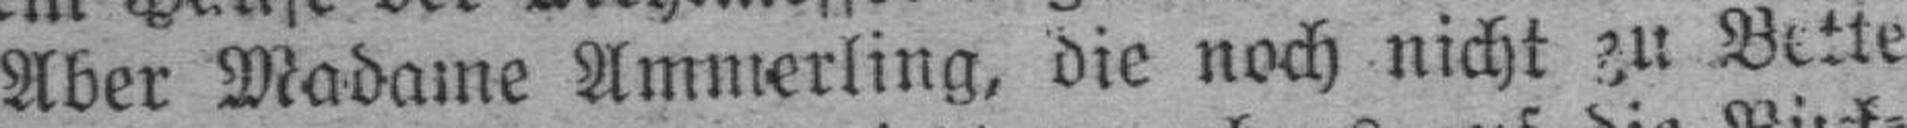
Aber Madame Ammerling, die noch nicht zu Bette